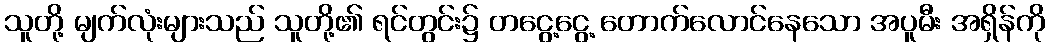
သူတို့ မျက်လုံးများသည် သူတို့၏ ရင်တွင်း၌ တငွေ့ငွေ့ တောက်လောင်နေသော အပူမီး အရှိန်ကို